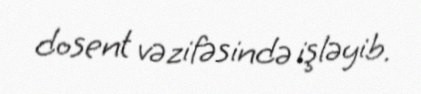
dosent vəzifəsində işləyib.